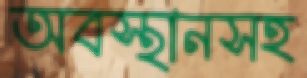
অবস্থানসহ